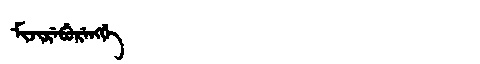
Manchu: ᠮᡳᠵᡳᡵᡝᠪᡠᡵᡝᠩᡤᡝ
Romanization: MIJIREBURENGGE